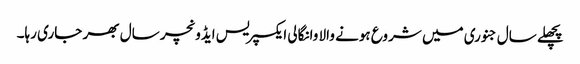
پچھلے سال جنوری میں شروع ہونے والا وانگالی ایکسپریس ایڈونچر سال بھر جاری رہا۔